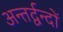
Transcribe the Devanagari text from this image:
अन्तर्द्वन्दों